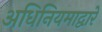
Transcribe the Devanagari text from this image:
अधिनियमाद्वारे